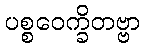
ပစ္စဝေက္ခိတဗ္ဗာ